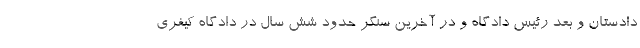
دادستان و بعد رئیس دادگاه و در آخرین سنگر حدود شش سال در دادگاه کیفری